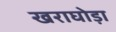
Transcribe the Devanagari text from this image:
खराघोड़ा